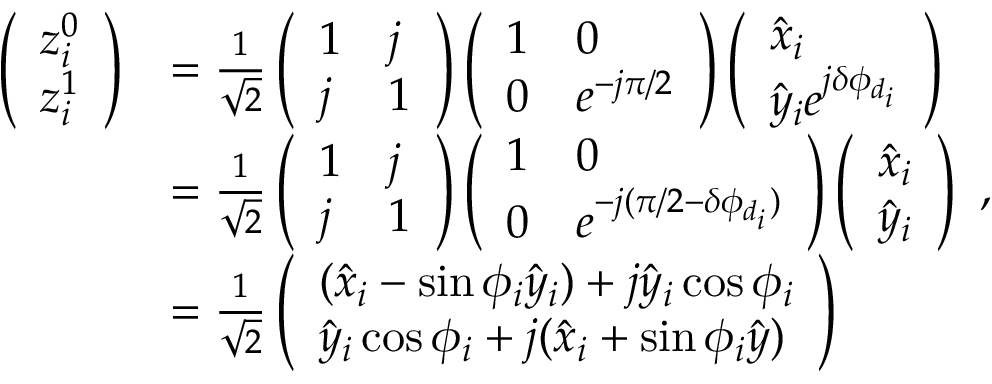
\begin{array} { r l } { \left( \begin{array} { l } { z _ { i } ^ { 0 } } \\ { z _ { i } ^ { 1 } } \end{array} \right) } & { = \frac { 1 } { \sqrt { 2 } } \left( \begin{array} { l l } { 1 } & { j } \\ { j } & { 1 } \end{array} \right) \left( \begin{array} { l l } { 1 } & { 0 } \\ { 0 } & { e ^ { - j \pi / 2 } } \end{array} \right) \left( \begin{array} { l } { \hat { x } _ { i } } \\ { \hat { y } _ { i } e ^ { j \delta \phi _ { d _ { i } } } } \end{array} \right) } \\ & { = \frac { 1 } { \sqrt { 2 } } \left( \begin{array} { l l } { 1 } & { j } \\ { j } & { 1 } \end{array} \right) \left( \begin{array} { l l } { 1 } & { 0 } \\ { 0 } & { e ^ { - j ( \pi / 2 - \delta \phi _ { d _ { i } } ) } } \end{array} \right) \left( \begin{array} { l } { \hat { x } _ { i } } \\ { \hat { y } _ { i } } \end{array} \right) } \\ & { = \frac { 1 } { \sqrt { 2 } } \left( \begin{array} { l } { ( \hat { x } _ { i } - \sin \phi _ { i } \hat { y } _ { i } ) + j \hat { y } _ { i } \cos \phi _ { i } } \\ { \hat { y } _ { i } \cos \phi _ { i } + j ( \hat { x } _ { i } + \sin \phi _ { i } \hat { y } ) } \end{array} \right) } \end{array} ,